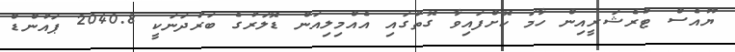
ޔޫއެސް ޓްރެޝަރީއިން ހާމަ ކޮށްފައިވާ ގޮތުގައި އެއްމިލިއަން ޑޮލަރުގެ ބަރުދަނަކީ 2040.8 ޕައުންޑް